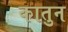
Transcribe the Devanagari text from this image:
कातुन